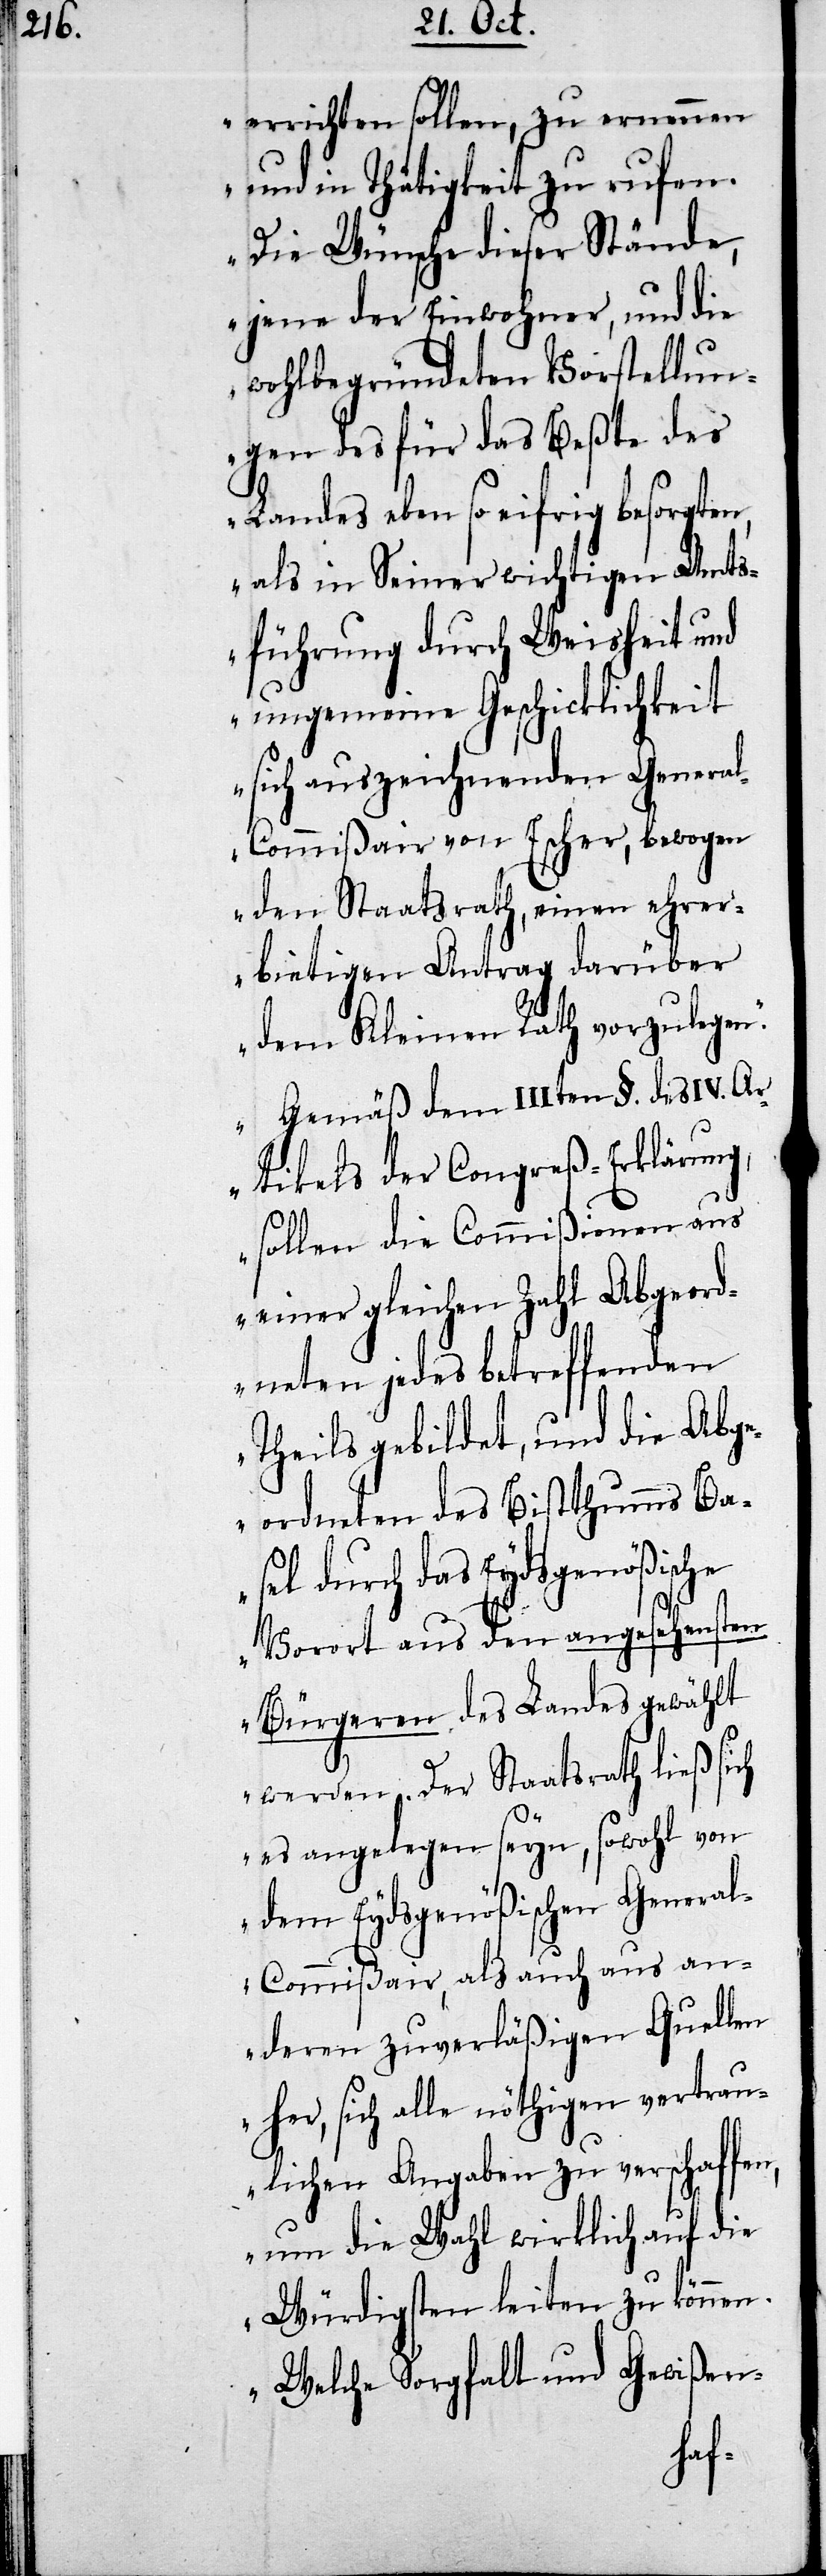
errichten sollen, zu ernennen
und in Thätigkeit zu rufen.
Die Wünsche dieser Stände,
jene der Einwohner, und die
wohlbegründeten Vorstellun¬
gen des für das Beßte des
Landes eben so eifrig besorgten,
als in Seiner wichtigen Amt¬
sführung durch Weisheit und
ungemeine Geschicklichkeit
sich auszeichnenden Genera¬
l-Commißair von Escher, bewogen
den Staatsrath, einen ehrer¬
bietigen Antrag darüber
dem Kleinen Rath vorzulegen.
Gemäß dem IIIten §. des IVten
Artikels der Congreß-Erklärung,
sollen die Commißionen aus
einer gleichen Zahl Abgeord¬
neten jedes betreffenden
Theils gebildet, und die Abge¬
ordneten des Bistthumms Ba¬
sel durch das Eydsgenößische
Vorort aus den angesehensten
Bürgeren des Landes gewählt
werden. Der Staatrath ließ sich
es angelegen seyn, sowohl von
dem Eydsgenößischen Genera¬
l-Commißair, als auch aus an¬
deren zuverläßigen Quellen
her, sich alle nöthigen vertrau¬
lichen Angaben zu verschaffen,
um die Wahl wirklich auf die
Würdigsten leiten zu können.
Welche Sorgfalt und Gewißen-